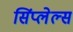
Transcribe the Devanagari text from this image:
सिंप्लेल्स